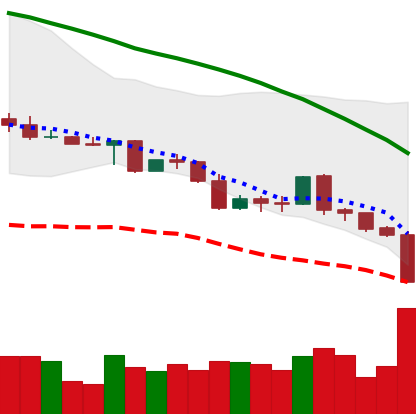
Ticker: LINK-USD
Chart end date: 2022-05-09
Forward return: -11.945%
Label: down_7plus